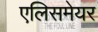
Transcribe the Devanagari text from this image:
एलिसमेयर